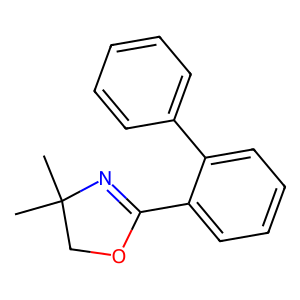
SMILES: CC1(C)COC(c2ccccc2-c2ccccc2)=N1
Inhibits HIV replication: No